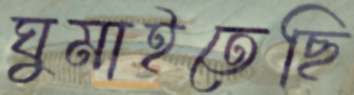
ঘুমাইতেছি